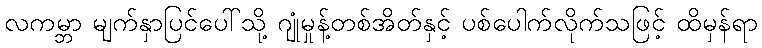
လကမ္ဘာ မျက်နှာပြင်ပေါ်သို့ ဂျုံမှုန့်တစ်အိတ်နှင့် ပစ်ပေါက်လိုက်သဖြင့် ထိမှန်ရာ